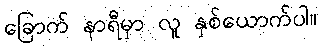
ခြောက် နာရီမှာ လူ နှစ်ယောက်ပါ။